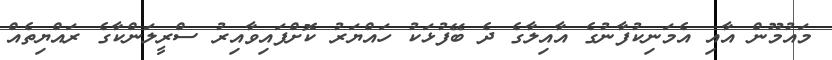
މައުމޫން އާއި އެމަނިކުފާނުގެ އާއިލާގެ ދެ ބޭފުޅަކު ހައްޔަރު ކޮށްފައިވާއިރު ސްރީލަންކާގެ ރައްޔިތެއް